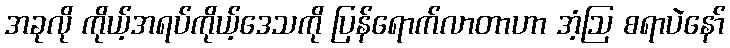
အခုလို ကိုယ့်အရပ်ကိုယ့်ဒေသကို ပြန်ရောက်လာတာဟာ အံ့ဩ စရာပဲနော်